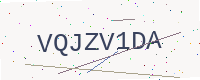
Text: VQJZV1DA